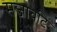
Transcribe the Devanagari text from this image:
सजावटि